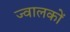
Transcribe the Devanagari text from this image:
ज्वालकों